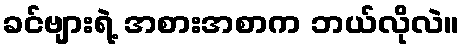
ခင်ဗျားရဲ့ အစားအစာက ဘယ်လိုလဲ။